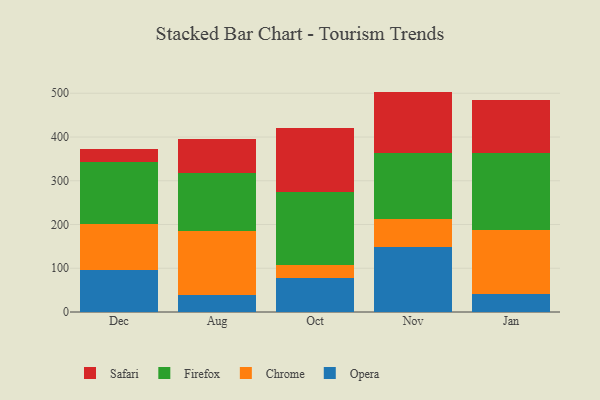
{"axis": {"x": "Month", "y": "Temperature (°C)"}, "legend": ["Chrome", "Firefox", "Opera", "Safari"], "data": [{"x": "Dec", "y": 96.9, "type": "Opera"}, {"x": "Dec", "y": 103.2, "type": "Chrome"}, {"x": "Dec", "y": 142.9, "type": "Firefox"}, {"x": "Dec", "y": 28.7, "type": "Safari"}, {"x": "Aug", "y": 39.4, "type": "Opera"}, {"x": "Aug", "y": 145.1, "type": "Chrome"}, {"x": "Aug", "y": 132.8, "type": "Firefox"}, {"x": "Aug", "y": 79.0, "type": "Safari"}, {"x": "Oct", "y": 78.7, "type": "Opera"}, {"x": "Oct", "y": 29.8, "type": "Chrome"}, {"x": "Oct", "y": 166.0, "type": "Firefox"}, {"x": "Oct", "y": 146.9, "type": "Safari"}, {"x": "Nov", "y": 149.2, "type": "Opera"}, {"x": "Nov", "y": 63.4, "type": "Chrome"}, {"x": "Nov", "y": 150.8, "type": "Firefox"}, {"x": "Nov", "y": 140.4, "type": "Safari"}, {"x": "Jan", "y": 41.5, "type": "Opera"}, {"x": "Jan", "y": 145.6, "type": "Chrome"}, {"x": "Jan", "y": 175.6, "type": "Firefox"}, {"x": "Jan", "y": 121.5, "type": "Safari"}]}